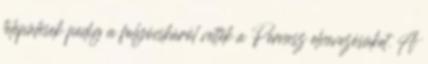
települések pedig a folyócskáról vették a Pernesz elnevezésüket. A